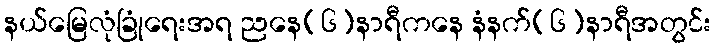
နယ်မြေလုံခြုံရေးအရ ညနေ(၆)နာရီကနေ နံနက်(၆)နာရီအတွင်း